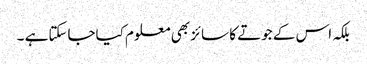
بلکہ اس کے جوتے کا سائز بھی معلوم کیاجاسکتاہے ۔